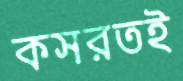
কসরতই